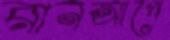
রানআপে